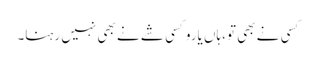
کسی نے بھی تو،ہاں یاروکسی شے نے بھی نہیں رہنا۔